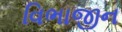
વિભાજીન